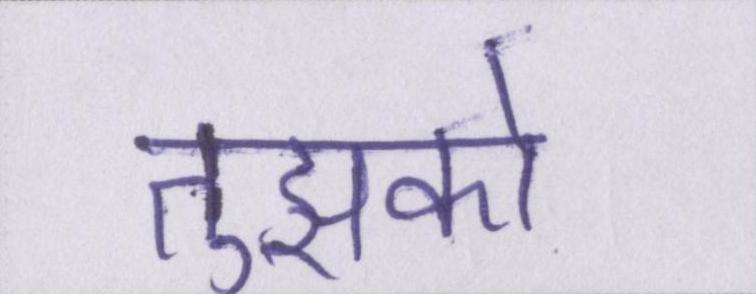
तुझको